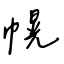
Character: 幌